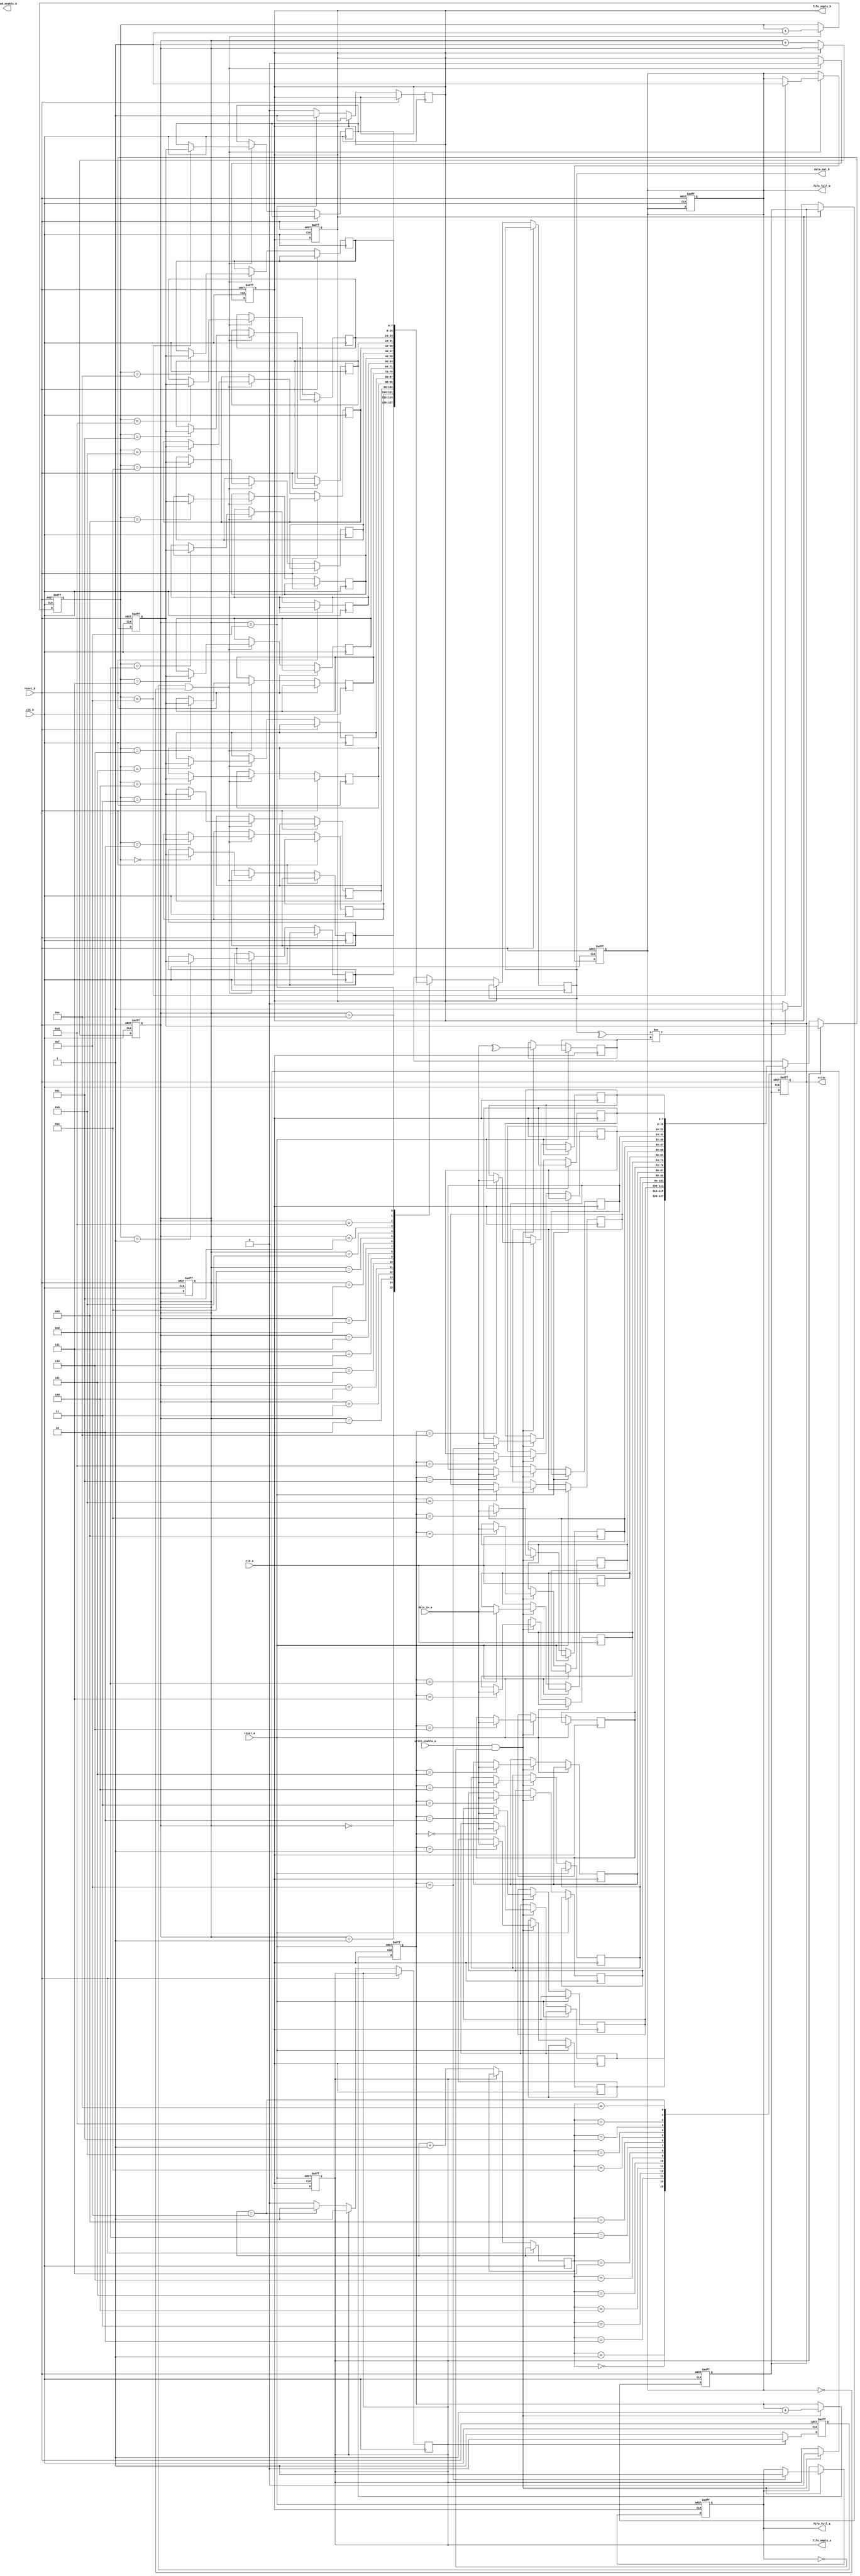
module memory_blocks_cdc (
    input wire clk_a,
    input wire clk_b,
    input wire reset_a,
    input wire reset_b,
    input wire [7:0] data_in_a,
    input wire write_enable_a,
    output wire [7:0] data_out_b,
    output wire read_enable_b,
    output wire error,
    output wire fifo_full_a,
    output wire fifo_empty_a,
    output wire fifo_full_b,
    output wire fifo_empty_b
);

    // FIFO parameters
    parameter FIFO_DEPTH = 16;
    parameter FIFO_WIDTH = 8;

    // FIFO for Clock Domain A
    reg [FIFO_WIDTH-1:0] fifo_a [0:FIFO_DEPTH-1];
    reg [3:0] write_pointer_a;
    reg [3:0] read_pointer_a;
    reg fifo_full_a_reg, fifo_empty_a_reg;

    // FIFO for Clock Domain B
    reg [FIFO_WIDTH-1:0] fifo_b [0:FIFO_DEPTH-1];
    reg [3:0] write_pointer_b;
    reg [3:0] read_pointer_b;
    reg fifo_full_b_reg, fifo_empty_b_reg;

    // Synchronizers for write signals
    reg write_enable_sync;
    reg [7:0] data_in_sync;
    reg parity_bit;

    // Error detection signal
    reg error_reg;

    // Write to FIFO A
    always @(posedge clk_a or posedge reset_a) begin
        if (reset_a) begin
            write_pointer_a <= 0;
            fifo_full_a_reg <= 0;
            fifo_empty_a_reg <= 1;
        end else begin
            if (write_enable_a && !fifo_full_a_reg) begin
                fifo_a[write_pointer_a] <= data_in_a;
                parity_bit <= ^data_in_a; // Calculate parity
                write_pointer_a <= write_pointer_a + 1;
                fifo_empty_a_reg <= 0;
                if (write_pointer_a == FIFO_DEPTH - 1)
                    fifo_full_a_reg <= 1;
            end
        end
    end

    // Read from FIFO A and synchronize to Clock B
    always @(posedge clk_b or posedge reset_b) begin
        if (reset_b) begin
            write_enable_sync <= 0;
            data_in_sync <= 0;
            read_pointer_b <= 0;
            fifo_full_b_reg <= 0;
            fifo_empty_b_reg <= 1;
            error_reg <= 0;
        end else begin
            if (!fifo_empty_a_reg) begin
                write_enable_sync <= 1;
                data_in_sync <= fifo_a[read_pointer_a];
                read_pointer_a <= read_pointer_a + 1;
                if (read_pointer_a == FIFO_DEPTH - 1)
                    fifo_empty_a_reg <= 1;
            end else begin
                write_enable_sync <= 0;
            end
        end
    end

    // Write to FIFO B
    always @(posedge clk_b or posedge reset_b) begin
        if (reset_b) begin
            write_pointer_b <= 0;
            fifo_full_b_reg <= 0;
            fifo_empty_b_reg <= 1;
        end else begin
            if (write_enable_sync && !fifo_full_b_reg) begin
                fifo_b[write_pointer_b] <= data_in_sync;
                write_pointer_b <= write_pointer_b + 1;
                fifo_empty_b_reg <= 0;
                if (write_pointer_b == FIFO_DEPTH - 1)
                    fifo_full_b_reg <= 1;
            end
        end
    end

    // Read from FIFO B
    always @(posedge clk_b or posedge reset_b) begin
        if (reset_b) begin
            read_pointer_b <= 0;
        end else begin
            if (!fifo_empty_b_reg) begin
                data_out_b <= fifo_b[read_pointer_b];
                read_pointer_b <= read_pointer_b + 1;
                if (read_pointer_b == FIFO_DEPTH - 1)
                    fifo_empty_b_reg <= 1;
            end
        end
    end

    // Error detection logic
    always @(posedge clk_b or posedge reset_b) begin
        if (reset_b) begin
            error_reg <= 0;
        end else begin
            if (!fifo_empty_b_reg) begin
                if ((^data_out_b) != parity_bit) // Check parity
                    error_reg <= 1; // Error detected
                else
                    error_reg <= 0; // No error
            end
        end
    end

    // Assign outputs
    assign fifo_full_a = fifo_full_a_reg;
    assign fifo_empty_a = fifo_empty_a_reg;
    assign fifo_full_b = fifo_full_b_reg;
    assign fifo_empty_b = fifo_empty_b_reg;
    assign error = error_reg;

endmodule